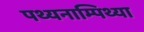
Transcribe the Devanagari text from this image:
पथ्यनाम्पिथ्या